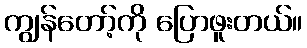
ကျွန်တော့်ကို ပြောဖူးတယ်။